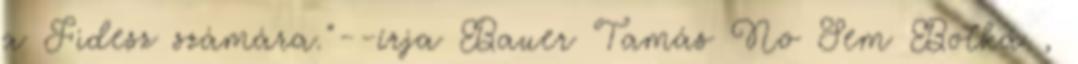
a Fidesz számára."--írja Bauer Tamás No Sem Botka ,